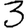
Digit: 3